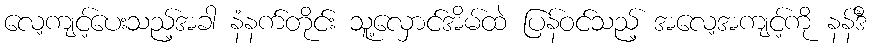
လေ့ကျင့်ပေးသည့်အခါ နံနက်တိုင်း သူ့လှောင်အိမ်ထဲ ပြန်ဝင်သည့် အလေ့အကျင့်ကို နန်ဒီ